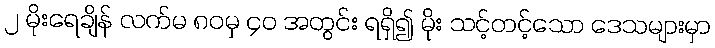
၂ မိုးရေချိန် လက်မ ၈၀မှ ၄၀ အတွင်း ရရှိ၍ မိုး သင့်တင့်သော ဒေသများမှာ